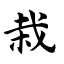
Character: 栽